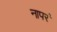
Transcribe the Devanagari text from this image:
नापरं